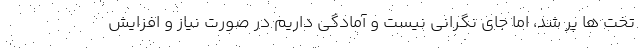
تخت ها پر شد، اما جای نگرانی نیست و آمادگی داریم در صورت نیاز و افزایش